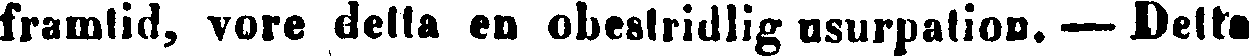
framtid, vore delta en obestridlig usurpation. — Delta